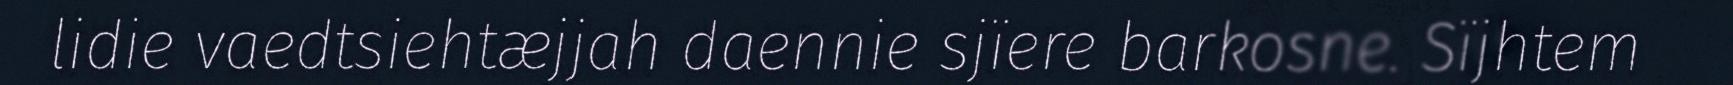
lidie vaedtsiehtæjjah daennie sjïere barkosne. Sïjhtem